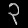
Digit: ၃